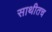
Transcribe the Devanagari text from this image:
साथीतच